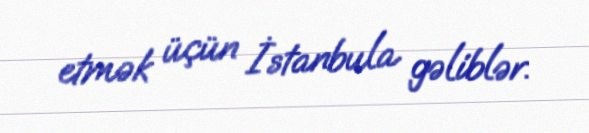
etmək üçün İstanbula gəliblər.